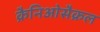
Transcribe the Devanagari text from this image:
क्रैनिओसैक्रल